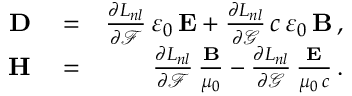
\begin{array} { r l r } { { \bf D } } & { { } = } & { \frac { \partial L _ { n l } } { \partial \mathcal { F } } \, \varepsilon _ { 0 } \, { \bf E } + \frac { \partial L _ { n l } } { \partial \mathcal { G } } \, c \, \varepsilon _ { 0 } \, { \bf B } \, , } \\ { { \bf H } } & { { } = } & { \frac { \partial L _ { n l } } { \partial \mathcal { F } } \, \frac { { \bf B } } { \mu _ { 0 } } - \frac { \partial L _ { n l } } { \partial \mathcal { G } } \, \frac { { \bf E } } { \mu _ { 0 } \, c } \, . } \end{array}